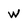
Character: w